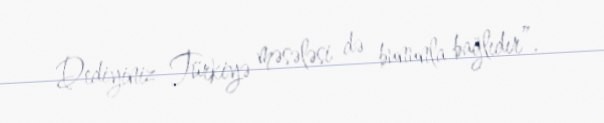
Dediyiniz Türkiyə məsələsi də bununla bağlıdır”.